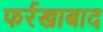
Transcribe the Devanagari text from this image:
फर्रखाबाद